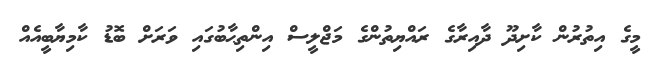
މީގެ އިތުރުން ކާށިދޫ ދާއިރާގެ ރައްޔިތުންގެ މަޖްލީސް އިންތިޙާބުގައި ވަރަށް ބޮޑު ކާމިޔާބީއެއް